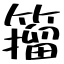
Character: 籀